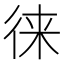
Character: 徕